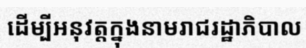
ដើម្បីអនុវត្តក្នុងនាមរាជរដ្ឋាភិបាល